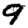
Digit: 9